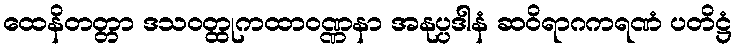
ထေနိတတ္တာ ဒသဝတ္ထုကထာဝဏ္ဏနာ အနုပ္ပဒါနံ ဆဝိရာဂကရဏံ ပတိဋ္ဌံ